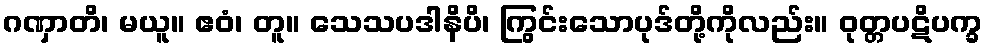
ဂဏှာတိ၊ မယူ။ ဧဝံ၊ တူ။ သေသပဒါနိပိ၊ ကြွင်းသောပုဒ်တို့ကိုလည်း။ ဝုတ္တပဋိပက္ခ